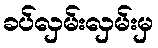
ခပ်လှမ်းလှမ်းမှ